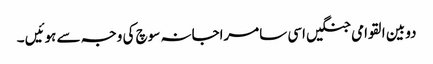
دو بین القوامی جنگیں اسی سامراجانہ سوچ کی وجہ سے ہوئیں ۔